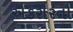
એકરારનો